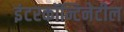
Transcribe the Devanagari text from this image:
इंटरकॉन्टिनेटील